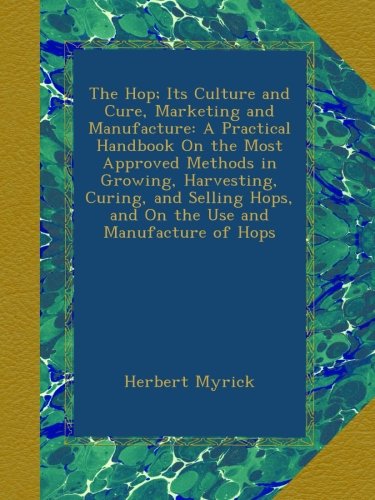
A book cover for The Hop; Its Culture and Cure, Marketing and Manufacture: A Practical Handbook On the Most Approved Methods in Growing, Harvesting, Curing, and Selling Hops, and On the Use and Manufacture of Hops; Herbert Myrick; Science & Math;